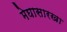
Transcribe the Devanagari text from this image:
मेघासारखा